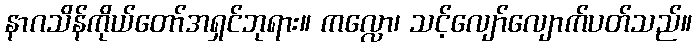
နာဂသိန်ကိုယ်တော်အရှင်ဘုရား။ ကလ္လော၊ သင့်လျော်လျောက်ပတ်သည်။